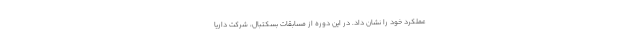
عملکرد خود را نشان داد. در این دوره از مسابقات بسکتبال، شرکت داریا